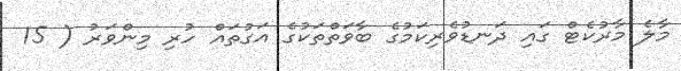
މާލެ މާރުކެޓް ގައި ދަނޑުވެރިކަމުގެ ބާވަތްތަކުގެ އަގުތައް ހުރި މިންވަރު ( 15